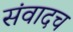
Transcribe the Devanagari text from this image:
संवादच